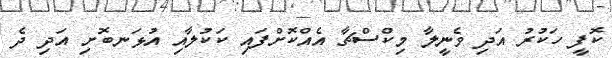
ކޮފީ ހަކުރު އަދި ވެނީލާ މިކްސްޗާ އެއްކޮށްފައި ކަކުލާއި އުޅަނބޮށި އަދި ދެ